Vaccination in Bombay 1869-1873 - 1869-1873
Year: 1869
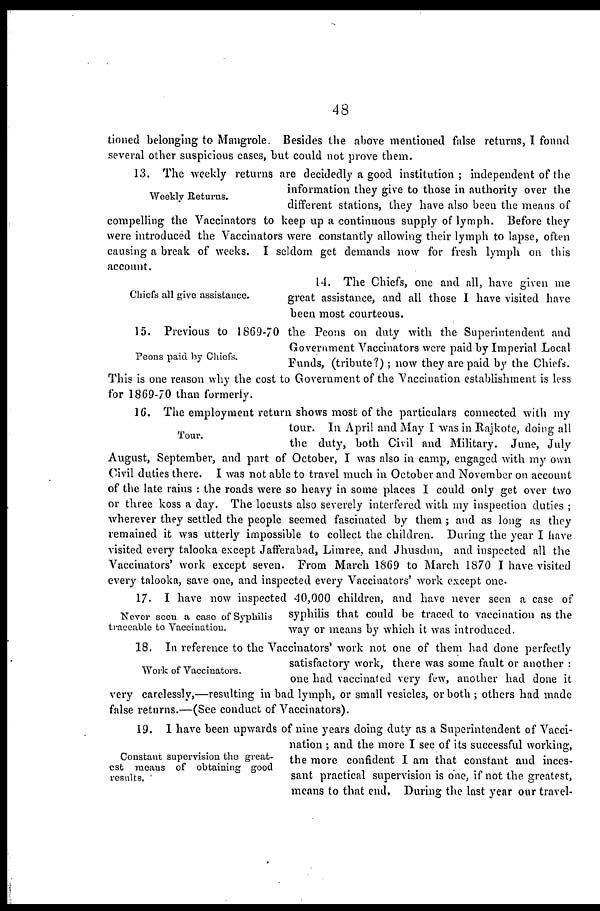
48
tioned belonging to Mangrole. Besides the above mentioned false returns, I found
several other suspicious cases, but could not prove them.
Weekly Returns.
13. The weekly returns are decidedly a good institution; independent of the
information they give to those in authority over the
different stations, they have also been the means of
compelling the Vaccinators to keep up a continuous supply of lymph. Before they
were introduced the Vaccinators were constantly allowing their lymph to lapse, often
causing a break of weeks. I seldom get demands now for fresh lymph on this
account.
Chiefs all give assistance.
14. The Chiefs, one and all, have given me
great assistance, and all those I have visited have
been most courteous.
Peons paid by Chiefs.
15. Previous to 1869-70 the Peons on duty with the Superintendent and
Government Vaccinators were paid by Imperial Local
Funds, (tribute?); now they are paid by the Chiefs.
This is one reason why the cost to Government of the Vaccination establishment is less
for 1869-70 than formerly.
Tour.
16. The employment return shows most of the particulars connected with my
tour. In April and May I was in Rajkote, doing all
the duty, both Civil and Military. June, July
August, September, and part of October, I was also in camp, engaged with my own
Civil duties there. I was not able to travel much in October and November on account
of the late rains : the roads were so heavy in some places I could only get over two
or three koss a day. The locusts also severely interfered with my inspection duties ;
wherever they settled the people seemed fascinated by them ; and as long as they
remained it was utterly impossible to collect the children. During the year I have
visited every talooka except Jafferabad, Limree, and Jhusdun, and inspected all the
Vaccinators' work except seven. From March 1869 to March 1870 I have visited
every talooka, save one, and inspected every Vaccinators' work except one.
Never seen a case of Syphilis
traceable to Vaccination.
17. I have now inspected 40,000 children, and have never seen a case of
syphilis that could be traced to vaccination as the
way or means by which it was introduced.
Work of Vaccinators.
18. In reference to the Vaccinators' work not one of them had done perfectly
satisfactory work, there was some fault or another :
one had vaccinated very few, another had done it
very carelessly,—resulting in bad lymph, or small vesicles, or both ; others had made
false returns.—(See conduct of Vaccinators).
Constant supervision the great-
est means of obtaining good
results.
19. 1 have been upwards of nine years doing duty as a Superintendent of Vacci-
nation ; and the more I see of its successful working,
the more confident I am that constant and inces-
sant practical supervision is one, if not the greatest,
means to that end. During the last year our travel-